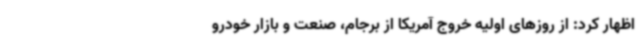
اظهار کرد: از روزهای اولیه خروج آمریکا از برجام، صنعت و بازار خودرو